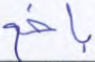
باخع